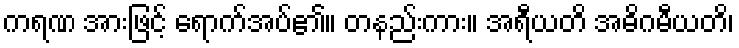
ကရဏ အားဖြင့် ရောက်အပ်၏။ တနည်းကား။ အရီယတိ အဓိဂမီယတိ၊